Civil Veterinary Dept. Assam report 1911-1927 - 1911-1927
Year: 1911
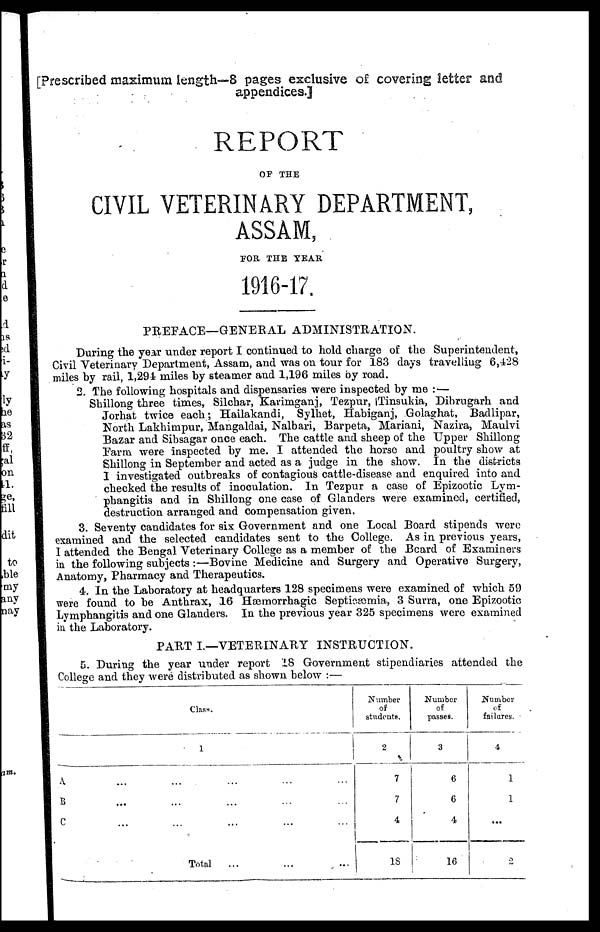
[Prescribed maximum length—8 pages exclusive of covering letter and
appendices.)
REPORT
OF THE
CIVIL VETERINARY DEPARTMENT,
ASSAM,
FOR THE YEAR
1916-17.
PREFACE—GENERAL ADMINISTRATION.
During the year under report I continued to hold charge of the Superintendent,
Civil Veterinary Department, Assam, and was on tour for 183 days travelling 6,428
miles by rail, 1,291 miles by steamer and 1,196 miles by road.
2. The following hospitals and dispensaries were inspected by me : —
Shillong three times, Silchar, Karimganj, Tezpur, Tinsukia, Dibrugarh and
Jorhat twice each ; Hailakandi, Sylhet, Habiganj, Golaghat, Badlipar,
North Lakhimpur, Mangaldai, Nalbari, Barpeta, Mariani, Nazira, Maulvi
Bazar and Sibsagar once each. The cattle and sheep of the Upper Shillong
Farm were inspected by me. I attended the horse and poultry show at
Shillong in September and acted as a judge in the show. In the districts
1 investigated outbreaks of contagious cattle-disease and enquired into and
checked the results of inoculation. In Tezpur a case of Epizootic Lym-
phangitis and in Shillong one case of Glanders were examined, certified,
destruction arranged and compensation given.
3. Seventy candidates for six Government and one Local Board stipends were
examined and the selected candidates sent to the College. As in previous years,
I attended the Bengal Veterinary College as a member of the Beard of Examiners
in the following subjects :—Bovine Medicine and Surgery and Operative Surgery,
Anatomy, Pharmacy and Therapeutics.
4. In the Laboratory at headquarters 128 specimens were examined of which 59
were found to be Anthrax, 16 Hæmorrhagic Septicæmia, 3 Surra, one Epizootic
Lymphangitis and one Glanders. In the previous year 325 specimens were examined
in the Laboratory.
PART I.—VETERINARY INSTRUCTION.
5. During the year "under report 18 Government stipendiaries attended the
College and they were distributed as shown below :—
Class.
1
A. ... ... ...
B ... ... ...
C ... ... ...
Total...
...
Number
of
studente.
2
7
7
4
18
Number
of
passes.
3
6
6
4
16
Number
of
failures.
4
1
1
...
2